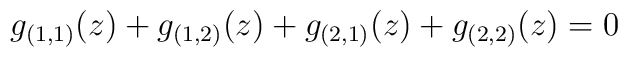
g_{(1,1)}(z)+g_{(1,2)}(z)+g_{(2,1)}(z)+g_{(2,2)}(z)=0